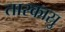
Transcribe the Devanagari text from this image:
तारकास्रु